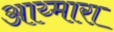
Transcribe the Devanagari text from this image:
आय्मारा